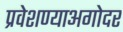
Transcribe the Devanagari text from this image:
प्रवेशण्याअगोदर